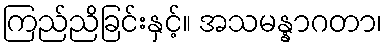
ကြည်ညိခြင်းနှင့်။ အသမန္နာဂတာ၊